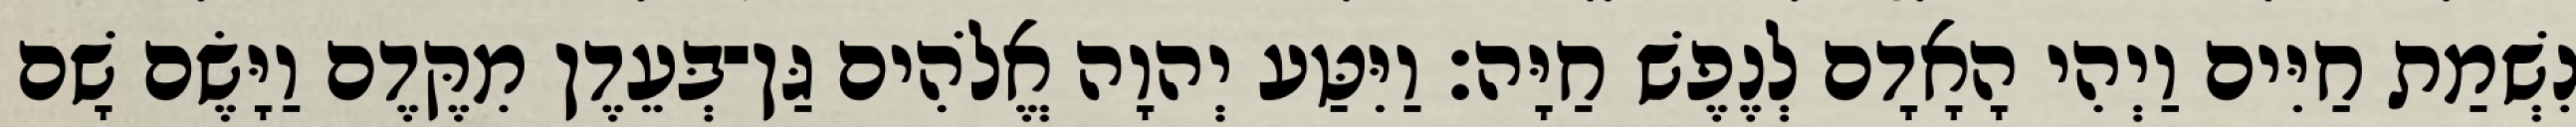
נִשְׁמַת חַיִּים וַיְהִי הָאָדָם לְנֶפֶשׁ חַיָּה׃ וַיִּטַּע יְהוָה אֱלֹהִים גַּן־בְּעֵדֶן מִקֶּדֶם וַיָּשֶׂם שָׁם